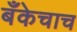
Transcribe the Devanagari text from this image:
बँकेचाच